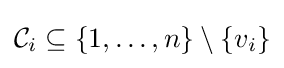
{\mathcal {C}}_{i}\subseteq \{1,\ldots ,n\}\setminus \{v_{i}\}